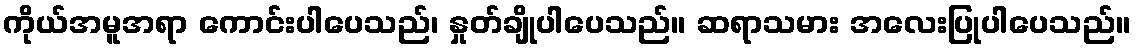
ကိုယ်အမူအရာ ကောင်းပါပေသည်၊ နှုတ်ချိုပါပေသည်။ ဆရာသမား အလေးပြုပါပေသည်။